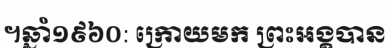
។ឆ្នាំ១៩៦០: ក្រោយមក ព្រះអង្គបាន